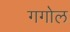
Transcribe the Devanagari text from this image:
गगोल